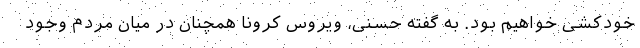
خودکشی خواهیم بود. به گفته حسنی، ویروس کرونا همچنان در میان مردم وجود